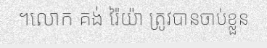
។លោក គង់ រ៉ៃយ៉ា ត្រូវបានចាប់ខ្លួន